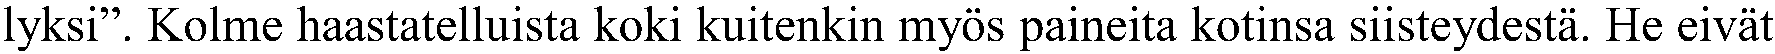
lyksi”. Kolme haastatelluista koki kuitenkin myös paineita kotinsa siisteydestä. He eivät